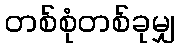
တစ်စုံတစ်ခုမျှ